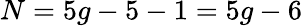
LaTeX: N=5g-5-1=5g-6